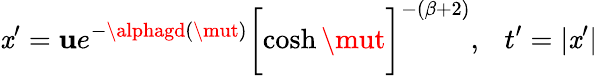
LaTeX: \mathit{x}^{\prime}={\mathbf{u}}e^{-\alphagd(\mut)}\biggl[\cosh{\mut}\biggr]^{-(\beta+2)},~~~t^{\prime}=|\mathit{x}^{\prime}|